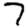
Digit: 7